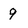
Character: 9